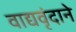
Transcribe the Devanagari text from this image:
वाद्यवृंदाने